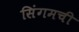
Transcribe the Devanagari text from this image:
सिंगमची